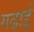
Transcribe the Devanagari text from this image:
गढाई